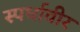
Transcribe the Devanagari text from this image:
स्पर्धावीर